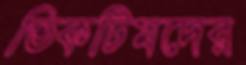
ভিকটিমদের